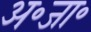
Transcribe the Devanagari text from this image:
अ॰जा॰